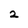
Character: 2